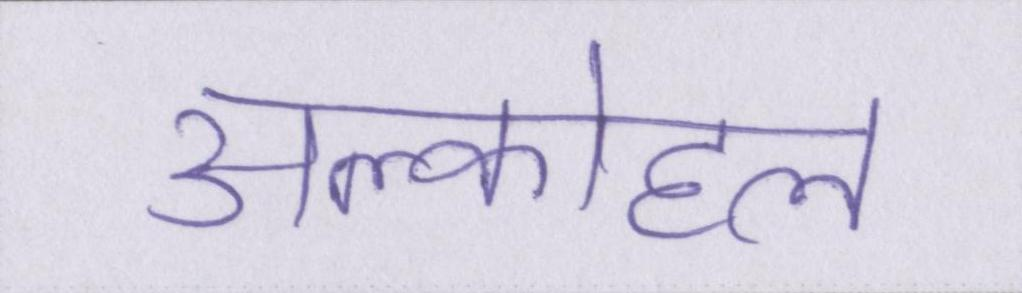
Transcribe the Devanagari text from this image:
अल्कोहल